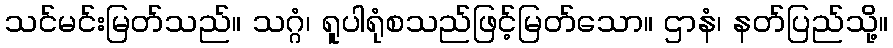
သင်မင်းမြတ်သည်။ သဂ္ဂံ၊ ရူပါရုံစသည်ဖြင့်မြတ်သော။ ဌာနံ၊ နတ်ပြည်သို့။